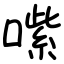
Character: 㗪